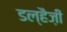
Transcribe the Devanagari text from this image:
डल्हैज़ी